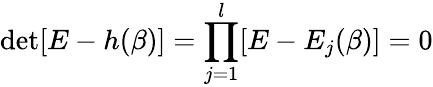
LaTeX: \operatorname*{det}[E-h(\beta)]=\prod_{j=1}^{l}[E-E_{j}(\beta)]=0